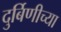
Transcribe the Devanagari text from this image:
दुर्बिणीच्‍या